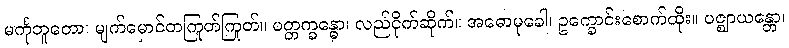
မင်္ကုဘူတော၊ မျက်မှောင်တကြုတ်ကြုတ်။ ပတ္တက္ခန္ဓော၊ လည်ငိုက်ဆိုက်။ အဓောမုခေါ၊ ဥက္ခောင်းစောက်ထိုး။ ပဇ္ဈာယန္တော၊